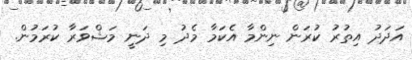
އަދަދު އިތުރު ކުރަން ނިންމާ އެކަމާ މެދު މި ދަނީ މަޝްވަރާ ކުރަމުން.